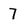
Character: 7